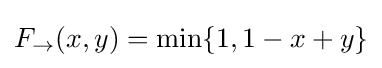
F_{\rightarrow }(x,y)=\min\{1,1-x+y\}